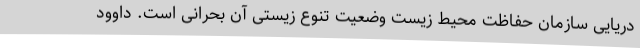
دریایی سازمان حفاظت محیط زیست وضعیت تنوع زیستی آن بحرانی است. داوود